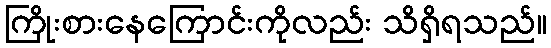
ကြိုးစားနေကြောင်းကိုလည်း သိရှိရသည်။